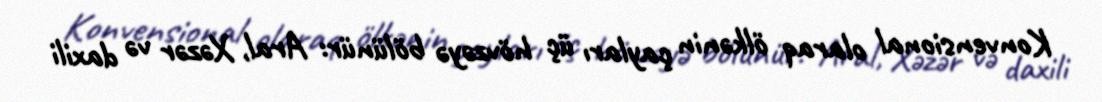
Konvensional olaraq ölkənin çayları üç hövzəyə bölünür: Aral, Xəzər və daxili